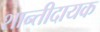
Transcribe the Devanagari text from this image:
शान्तीदायक